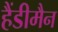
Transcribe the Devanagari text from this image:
हैंडीमैन